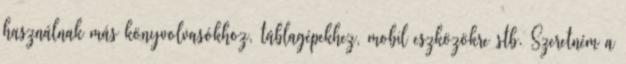
használnak más könyvolvasókhoz, táblagépekhez, mobil eszközökre stb. Szeretném a